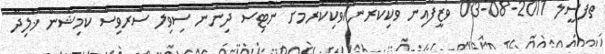
ތަފްސީލް 2011-08-03 ވަޒީފާއިން ވަކިކުރުން/ވަކިކުރުމަށް ނޯޓިސް ދިނުން ސިވިލް ސާރވިސް ކޮމިޝަން ޚާލިދާ